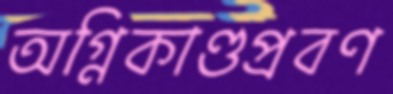
অগ্নিকাণ্ডপ্রবণ